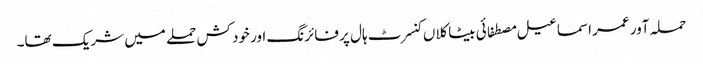
حملہ آور عمر اسماعیل مصطفائی بیٹاکلاں کنسرٹ ہال پر فائرنگ اور خود کش حملے میں شریک تھا۔